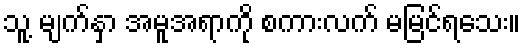
သူ့ မျက်နှာ အမူအရာကို စကားလက် မမြင်ရသေး။